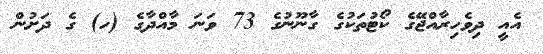
އެއީ ދިވެހިރާއްޖޭގެ ކޯޓުތަކުގެ ގާނޫނުގެ 73 ވަނަ މާއްދާގެ (ހ) ގެ ދަށުން